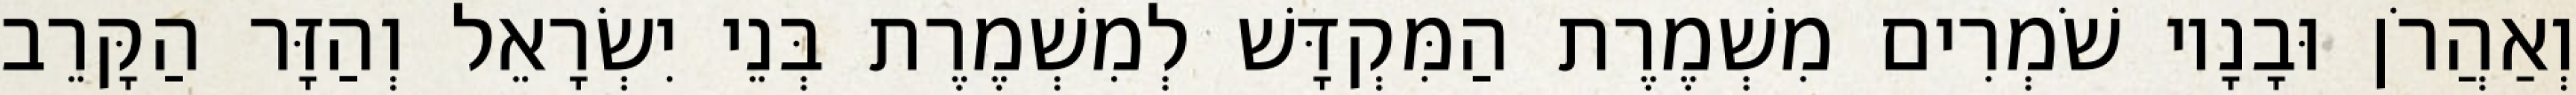
וְאַהֲרֹן וּבָנָיו שֹׁמְרִים מִשְׁמֶרֶת הַמִּקְדָּשׁ לְמִשְׁמֶרֶת בְּנֵי יִשְׂרָאֵל וְהַזָּר הַקָּרֵב